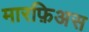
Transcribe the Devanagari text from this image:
मारफ़िअस